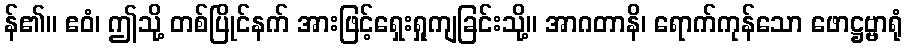
န်၏။ ဧဝံ၊ ဤသို့ တစ်ပြိုင်နက် အားဖြင့်ရှေးရှုကျခြင်းသို့။ အာဂတာနိ၊ ရောက်ကုန်သော ဖောဋ္ဌဗ္ဗ္ဗာရုံ